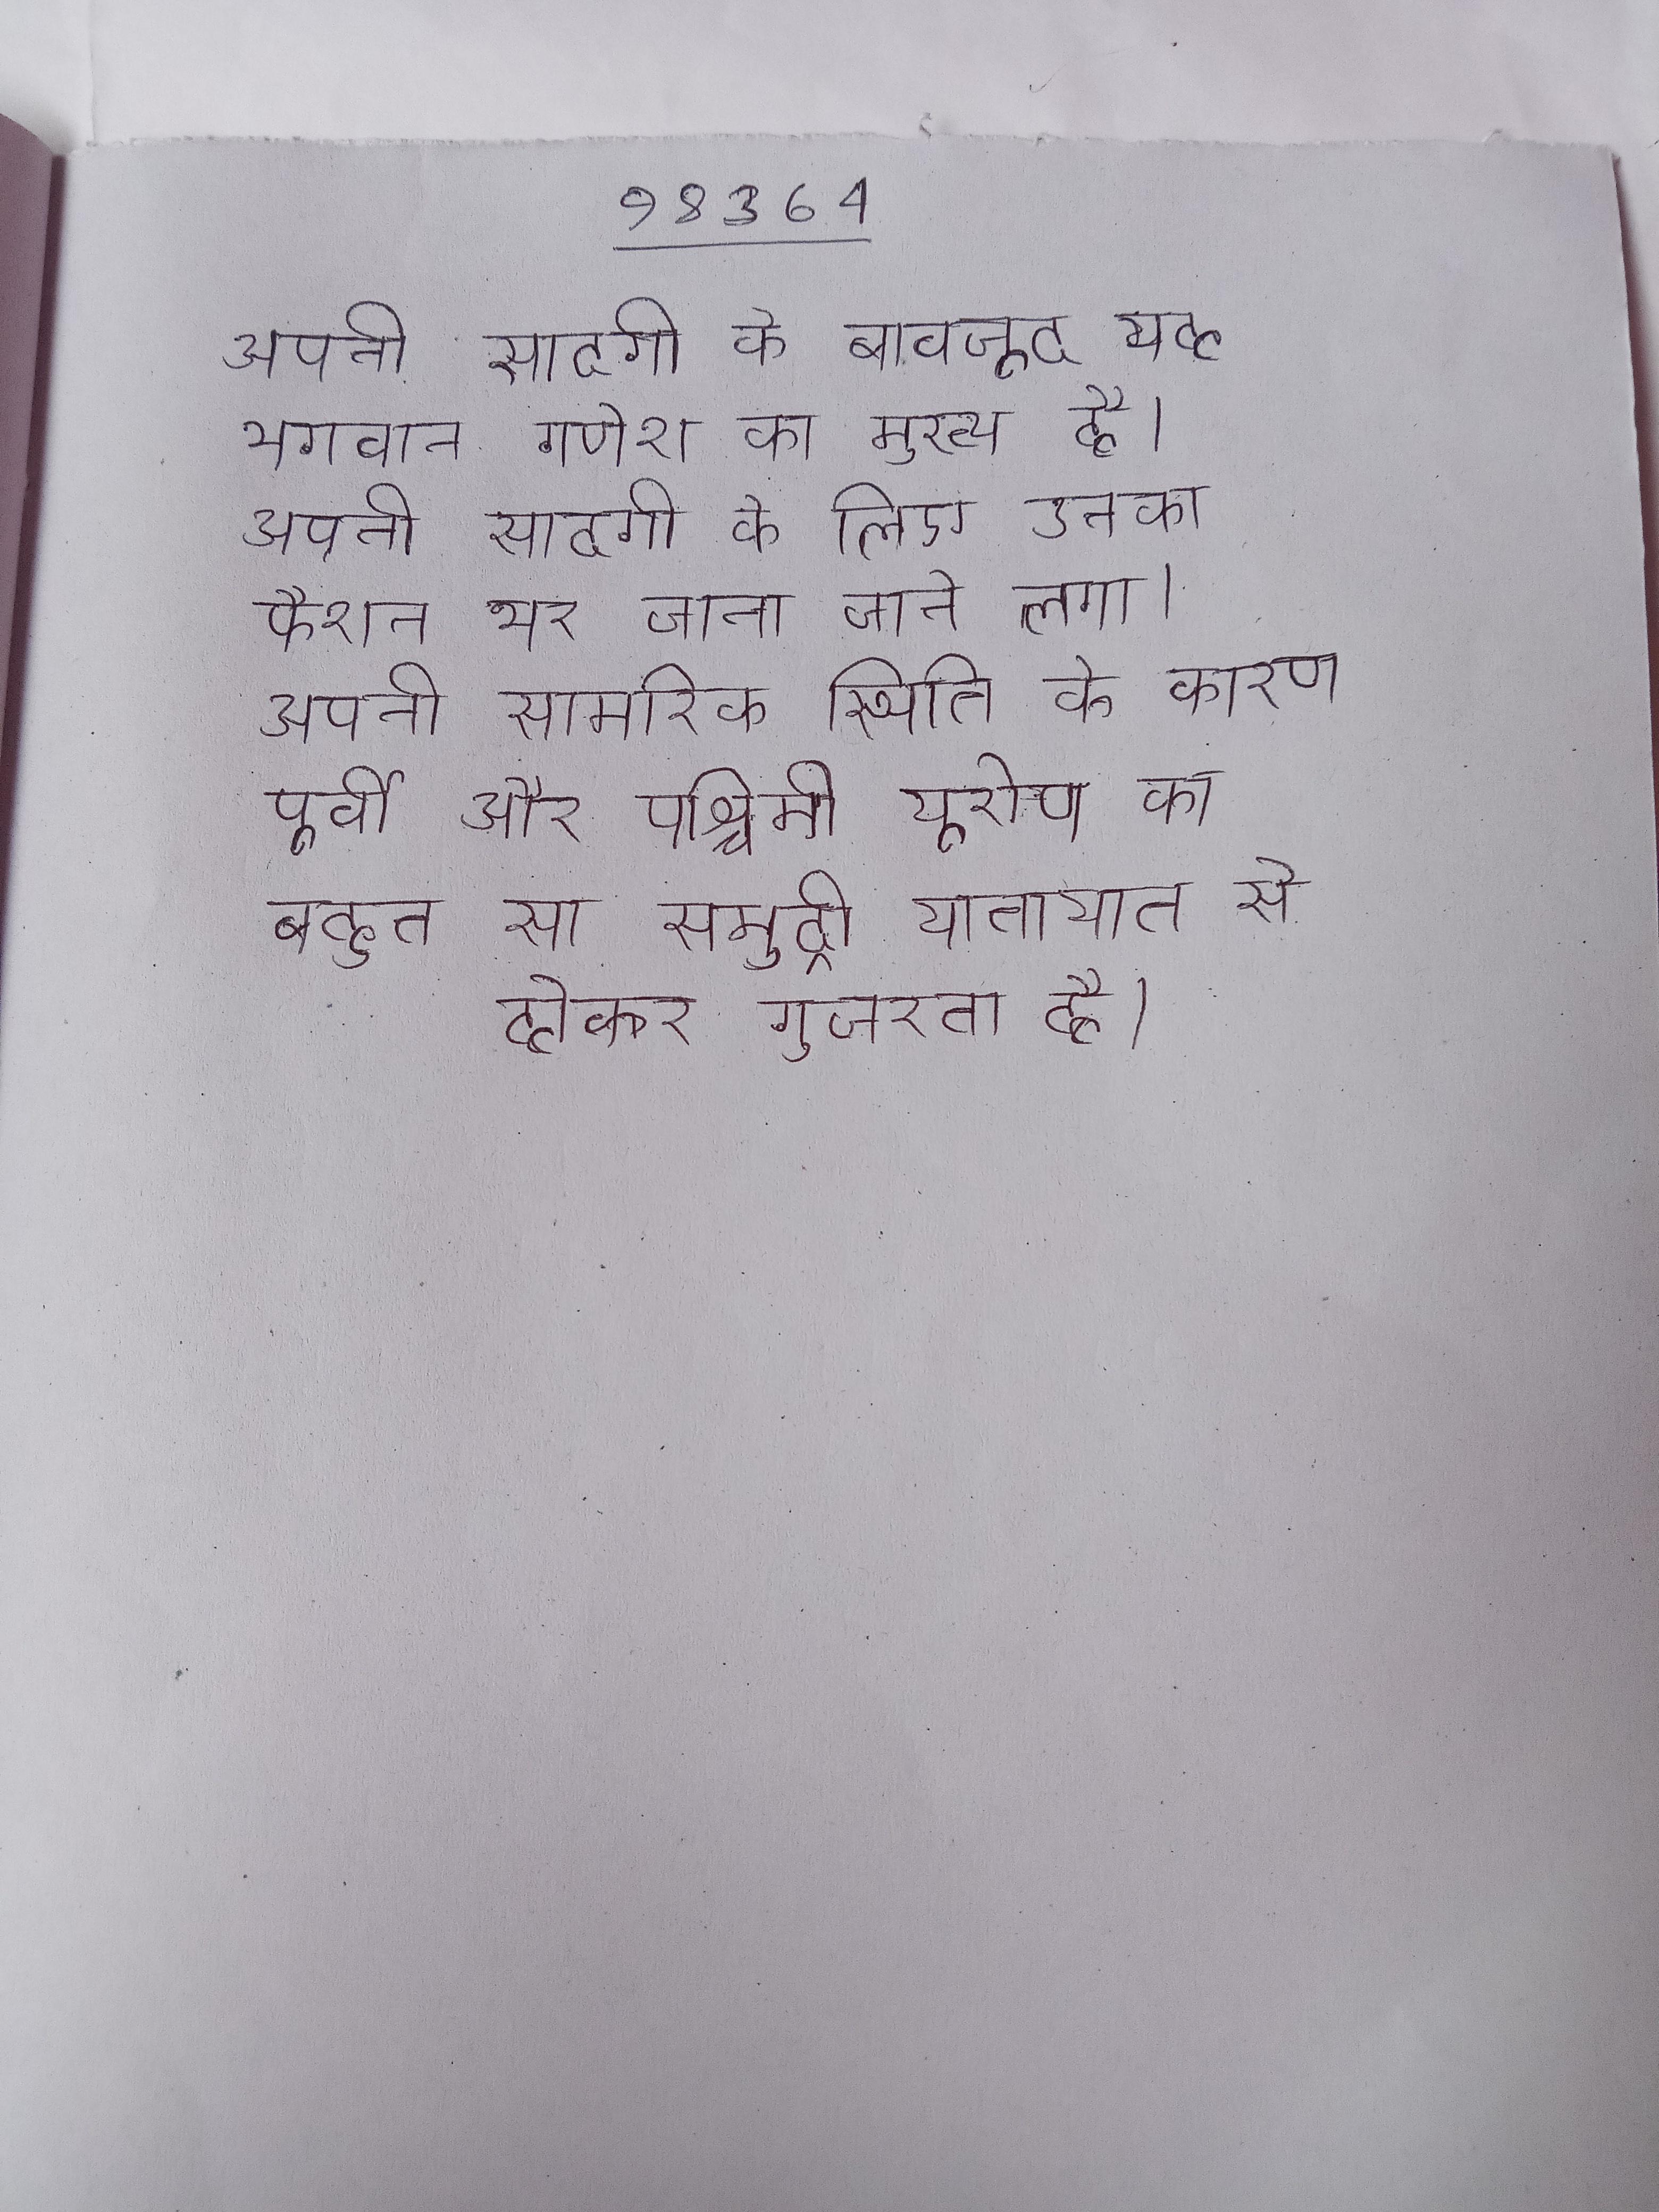
अपनी सादगी के बावजूद यह भगवान गणेश का मुख्य है । अपनी सादगी के लिए उनका फैशन भर जाना जाने लगा । अपनी सामरिक स्थिति के कारण पूर्वी और पश्चिमी यूरोप का बहुत सा समुद्री यातायात से होकर गुजरता है ।